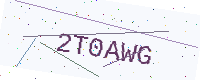
Text: 2T0AWG